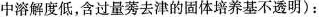
中溶解度低，含过量莠去津的固体培养基不透明)：